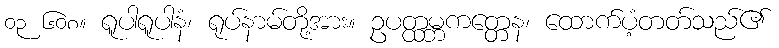
၀၃ ၆၀၈။ ရူပါရူပါနံ၊ ရုပ်နာမ်တို့အား။ ဥပတ္ထမ္ဘကတ္တေန၊ ထောက်ပံ့တတ်သည်၏